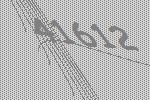
41612